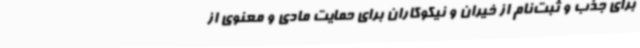
برای جذب و ثبت‌نام از خیران و نیکوکاران برای حمایت مادی و معنوی از